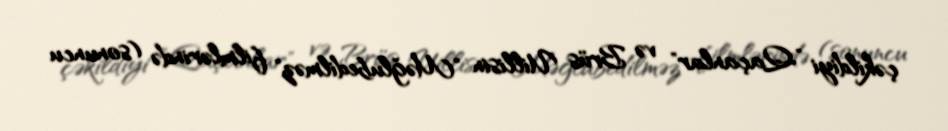
çəkildiyi "Qaçanlar" və Brüs Uillisin "Məğlubedilməz" filmlərində (sonuncu